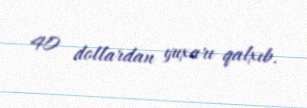
40 dollardan yuxarı qalxıb.